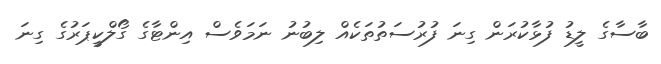
ބާސާގެ ލީޑު ފުޅާކުރަން ގިނަ ފުރުސަތުތަކެއް ލިބުނު ނަމަވެސް އިންޓާގެ ގޯލްކީޕަރުގެ ގިނަ